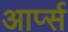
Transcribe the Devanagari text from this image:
आर्प्स